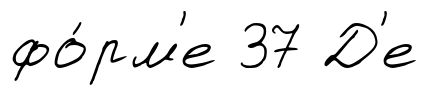
фо́рм'е 37 Д'е